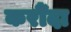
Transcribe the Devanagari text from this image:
करौँदा